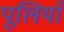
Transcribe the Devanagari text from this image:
पूलियाँ